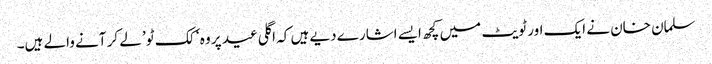
سلمان خان نے ایک اور ٹویٹ میں کچھ ایسے اشارے دیے ہیں کہ اگلی عید پر وہ ‘ کک ٹو’ لے کر آنے والے ہیں۔